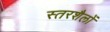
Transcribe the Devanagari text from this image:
स्तरशैलों